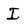
Character: I